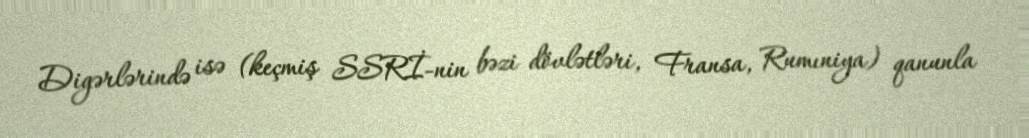
Digərlərində isə (keçmiş SSRİ-nin bəzi dövlətləri, Fransa, Rumıniya) qanunla